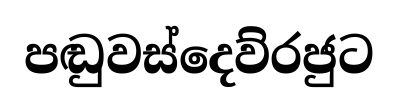
පඬුවස්දෙව්රජුට